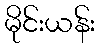
မိုင်းယန်း